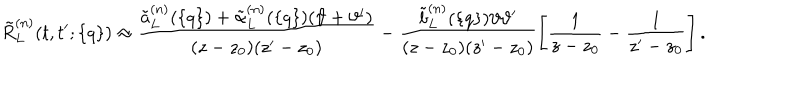
LaTeX: \tilde { R } _ { L } ^ { ( n ) } ( t , t ^ { \prime } ; \{ q \} ) \approx \frac { \tilde { a } _ { L } ^ { ( n ) } ( \{ q \} ) + \tilde { \alpha } _ { L } ^ { ( n ) } ( \{ q \} ) ( \vartheta + \vartheta ^ { \prime } ) } { ( z - z _ { 0 } ) ( z ^ { \prime } - z _ { 0 } ) } - \frac { \tilde { b } _ { L } ^ { ( n ) } ( \{ q \} ) \vartheta \vartheta ^ { \prime } } { ( z - z _ { 0 } ) ( z ^ { \prime } - z _ { 0 } ) } \Biggl [ \frac { 1 } { z - z _ { 0 } } - \frac { 1 } { z ^ { \prime } - z _ { 0 } } \Biggl ] \, .